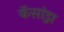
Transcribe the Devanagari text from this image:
कॅसांड्रा